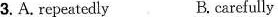
3. A.repeatedly B.carefully